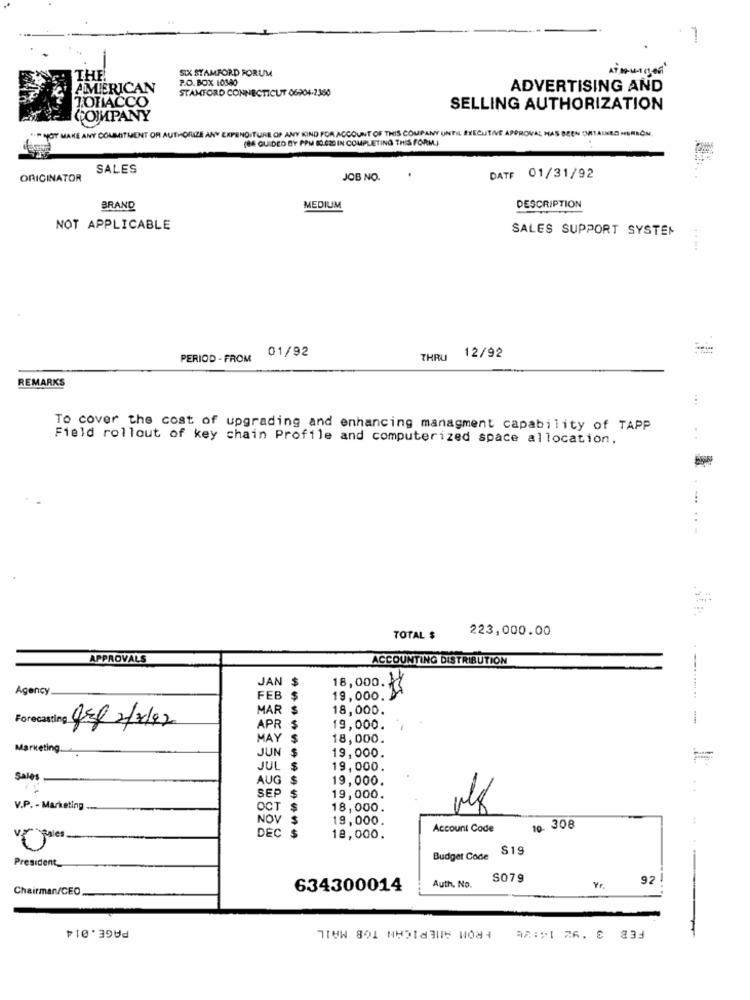
SIX STAMFORD FORUM
ITHE
P.O. BOX 10380
AMERICAN
STAMFORD CONNECTICUT 06904-2360
ADVERTISING AND
TOHACCO
SELLING AUTHORIZATION
COMPANY
*** YOU MAKE ANY COMMITMENT OR AUTHORIZE ANY EXPENDITURE OF ANY KIND FOR ACCOUNT OF THIS COMPANY UNTIL EXECUTIVE APPROVAL HAS BEEN DETAINED DERBON
(86 GUIDED BY PPM 80.020 IN COMPLETING THIS FORM)
SALES
DATE 01/31/92
ORIGINATOR
JOB NO.
BRAND
MEDIUM
DESCRIPTION
NOT APPLICABLE
SALES SUPPORT SYSTEM
01/92
12/92
PERIOD - FROM
THRU
REMARKS
To cover the cost of upgrading and enhancing managment capability of TAPP
Field rollout of key chain Profile and computerized space allocation,
223,000.00
TOTAL $
APPROVALS
ACCOUNTING DISTRIBUTION
JAN $
Agency
18,000. 13
FEB
$
19,000.
===...... ..
MAR $
18,000.
Forecasting
08/ 2/2/92
APR
$
19,000.
MAY
18,000.
Marketing.
JUN $
19,000.
JUL
$
19,000.
Sales
AUG $
19,000.
...
SEP
$
19,000.
V.P. - Marketing
OCT $
18,000.
NOV
19,000.
DEC
Account Code
10. 308
-Tales.
18,000.
Budget Code S19
President_
S079
92
Chairman/CEO
634300014
Auth, No.
PAGE.014
FROM AMERICAN TOB MAIL
AR:#1 26. 8 333